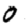
Digit: 0